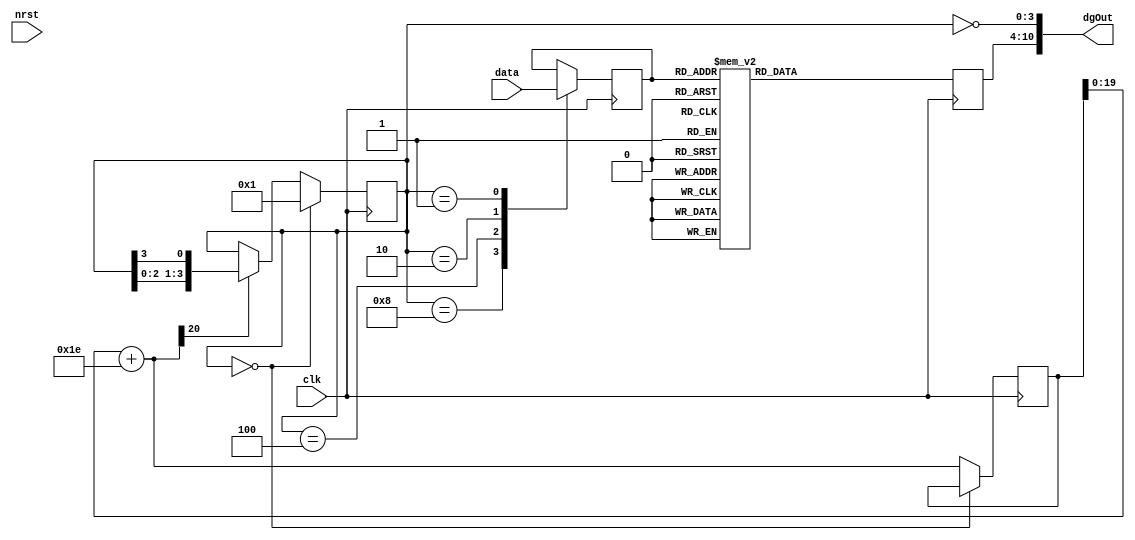
`timescale 1ns / 1ps
//////////////////////////////////////////////////////////////////////////////////
// Company:
// Engineer:
//
// Design Name:
// Module Name:    digit
// Project Name:
// Target Devices:
// Tool versions:
// Description:
//
// Dependencies:
//
// Revision:
// Revision 0.01 - File Created
// Additional Comments:
//
//////////////////////////////////////////////////////////////////////////////////
module digit(
    input clk,
    input [15:0] data,
	 output [10:0] dgOut,
    input nrst
    );
	reg [3:0]dgOn;
	reg [6:0]fa;
	reg [20:0]counter;
	reg [3:0]c_data;
	assign dgOut = {fa,~dgOn};//11'b11111010101;
	always @(posedge clk)begin
		if(dgOn==4'b0000)dgOn = 1;
		else begin
			counter = counter[19:0]+30;
			if(counter[20])
			dgOn = {dgOn[2:0],dgOn[3]};
		end
	end
	always @(posedge clk)begin
		case(dgOn)
			4'b1000:c_data = data[15:12];
			4'b0100:c_data = data[11:8];
			4'b0010:c_data = data[7:4];
			4'b0001:c_data = data[3:0];
		endcase
	end
	always @(posedge clk)begin
		case(c_data)
			4'b0000:fa = 7'b0111111;//0
			4'b0001:fa = 7'b0000110;//1
			4'b0010:fa = 7'b1011011;//2
			4'b0011:fa = 7'b1001111;//3
			4'b0100:fa = 7'b1100110;//4
			4'b0101:fa = 7'b1101101;//5
			4'b0110:fa = 7'b1111101;//6
			4'b0111:fa = 7'b0000111;//7
			4'b1000:fa = 7'b1111111;//8
			4'b1001:fa = 7'b1101111;//9
			4'b1010:fa = 7'b1110111;//A
			4'b1011:fa = 7'b1111100;//b
			4'b1100:fa = 7'b0111001;//C
			4'b1101:fa = 7'b1011110;//d
			4'b1110:fa = 7'b1111001;//E
			4'b1111:fa = 7'b1110001;//F
		endcase
	end
endmodule